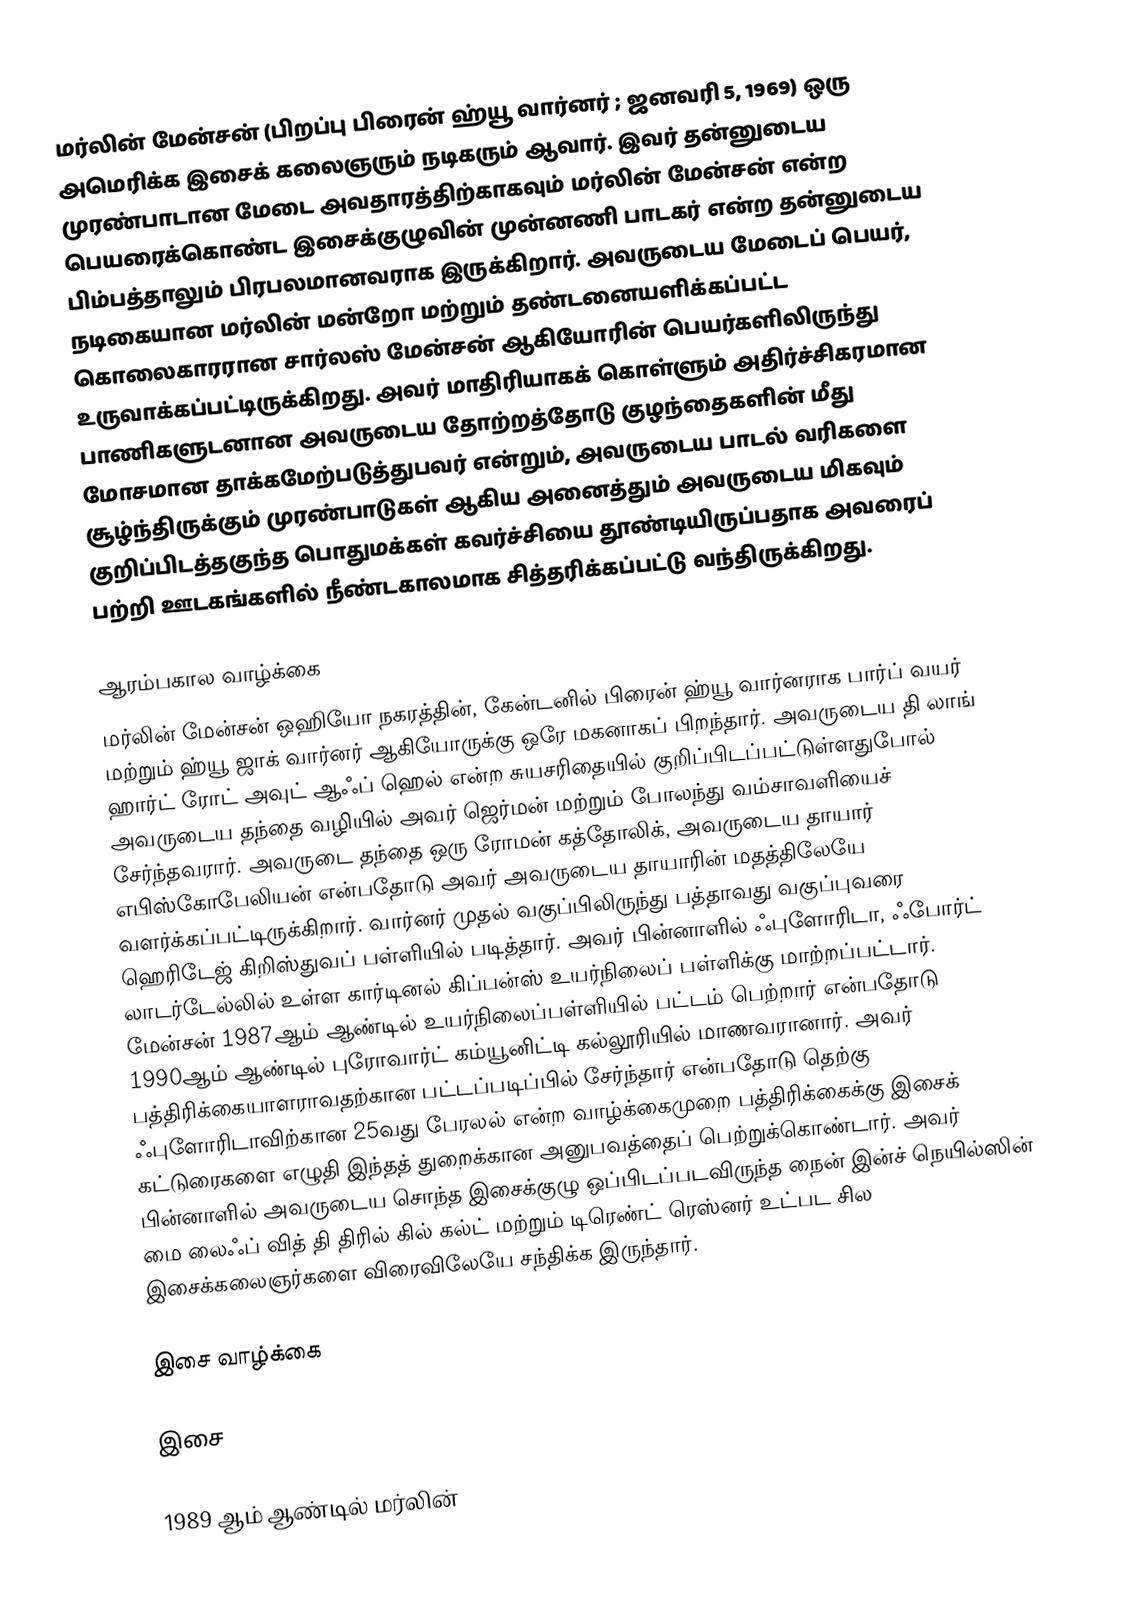
மர்லின் மேன்சன் (பிறப்பு பிரைன் ஹ்யூ வார்னர் ; ஜனவரி 5, 1969) ஒரு அமெரிக்க இசைக் கலைஞரும் நடிகரும் ஆவார்.  இவர் தன்னுடைய முரண்பாடான மேடை அவதாரத்திற்காகவும் மர்லின் மேன்சன் என்ற பெயரைக்கொண்ட இசைக்குழுவின் முன்னணி பாடகர் என்ற தன்னுடைய பிம்பத்தாலும் பிரபலமானவராக இருக்கிறார். அவருடைய மேடைப் பெயர்,  நடிகையான மர்லின் மன்றோ மற்றும் தண்டனையளிக்கப்பட்ட கொலைகாரரான சார்லஸ் மேன்சன் ஆகியோரின் பெயர்களிலிருந்து உருவாக்கப்பட்டிருக்கிறது. அவர் மாதிரியாகக் கொள்ளும் அதிர்ச்சிகரமான பாணிகளுடனான அவருடைய தோற்றத்தோடு குழந்தைகளின் மீது மோசமான தாக்கமேற்படுத்துபவர் என்றும், அவருடைய பாடல் வரிகளை சூழ்ந்திருக்கும் முரண்பாடுகள் ஆகிய அனைத்தும் அவருடைய மிகவும் குறிப்பிடத்தகுந்த பொதுமக்கள் கவர்ச்சியை தூண்டியிருப்பதாக அவரைப் பற்றி ஊடகங்களில் நீண்டகாலமாக சித்தரிக்கப்பட்டு வந்திருக்கிறது.

ஆரம்பகால வாழ்க்கை
மர்லின் மேன்சன் ஒஹியோ நகரத்தின், கேன்டனில் பிரைன் ஹ்யூ வார்னராக பார்ப் வயர் மற்றும் ஹ்யூ ஜாக் வார்னர் ஆகியோருக்கு ஒரே மகனாகப் பிறந்தார். அவருடைய தி லாங் ஹார்ட் ரோட் அவுட் ஆஃப் ஹெல் என்ற சுயசரிதையில் குறிப்பிடப்பட்டுள்ளதுபோல் அவருடைய தந்தை வழியில் அவர் ஜெர்மன் மற்றும் போலந்து வம்சாவளியைச் சேர்ந்தவரார். அவருடை தந்தை ஒரு ரோமன் கத்தோலிக், அவருடைய தாயார் எபிஸ்கோபேலியன் என்பதோடு அவர் அவருடைய தாயாரின் மதத்திலேயே வளர்க்கப்பட்டிருக்கிறார். வார்னர் முதல் வகுப்பிலிருந்து பத்தாவது வகுப்புவரை ஹெரிடேஜ் கிறிஸ்துவப் பள்ளியில் படித்தார். அவர் பின்னாளில் ஃபுளோரிடா, ஃபோர்ட் லாடர்டேல்லில் உள்ள கார்டினல் கிப்பன்ஸ் உயர்நிலைப் பள்ளிக்கு மாற்றப்பட்டார். மேன்சன் 1987ஆம் ஆண்டில் உயர்நிலைப்பள்ளியில் பட்டம் பெற்றார் என்பதோடு 1990ஆம் ஆண்டில் புரோவார்ட் கம்யூனிட்டி கல்லூரியில் மாணவரானார். அவர் பத்திரிக்கையாளராவதற்கான பட்டப்படிப்பில் சேர்ந்தார் என்பதோடு தெற்கு ஃபுளோரிடாவிற்கான 25வது பேரலல் என்ற வாழ்க்கைமுறை பத்திரிக்கைக்கு இசைக் கட்டுரைகளை எழுதி இந்தத் துறைக்கான அனுபவத்தைப் பெற்றுக்கொண்டார். அவர் பின்னாளில் அவருடைய சொந்த இசைக்குழு ஒப்பிடப்படவிருந்த நைன் இன்ச் நெயில்ஸின் மை லைஃப் வித் தி திரில் கில் கல்ட் மற்றும் டிரெண்ட் ரெஸ்னர் உட்பட சில இசைக்கலைஞர்களை விரைவிலேயே சந்திக்க இருந்தார்.

இசை வாழ்க்கை

இசை

1989 ஆம் ஆண்டில் மர்லின்